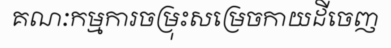
គណៈកម្មការចម្រុះសម្រេចកាយដីចេញ